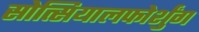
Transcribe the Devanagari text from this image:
सोत्सियालफोर्शुंग